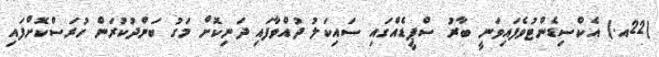
(22އ.) އެކްސިޑެންޓުވެފައިވަނީ ބާރު ސްޕީޑެއްގައި ސައިކަލު ދުއްވާފައި ދަނިކޮށް މަގު ބަންދުކުރަން ހުރަސްކޮށްފައި